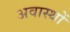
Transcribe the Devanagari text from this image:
अवास्थों